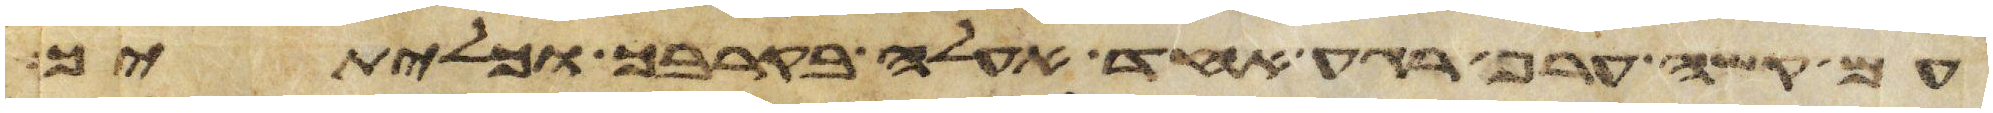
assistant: עם קשה ערף רגע אחד אעלה בקרבך וכליתיך